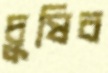
চুষিব